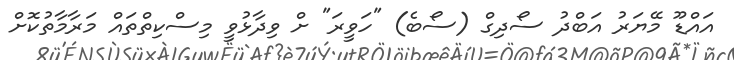
އައްޑޫ މޭޔަރު އަބްދު ސޯދިގް (ސޯބެ) "ހަވީރަ" ށް ވިދާޅުވީ މިސްކިތްތައް މަރާމާތުކޮށް